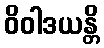
ဝိဝါဒယန္တိ